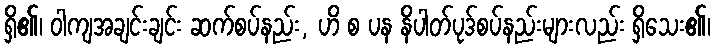
ရှိ၏၊ ဝါကျအချင်းချင်း ဆက်စပ်နည်း, ဟိ စ ပန နိပါတ်ပုဒ်စပ်နည်းများလည်း ရှိသေး၏၊